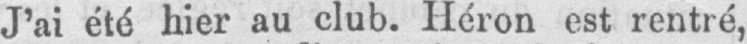
J’ai été hier au club. Héron est rentré,